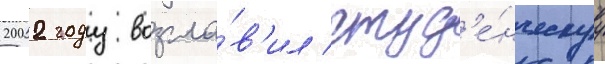
2002 году возгла́в'ил студ'е́нческуу